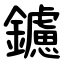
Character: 鑢